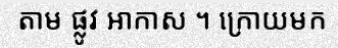
តាម ផ្លូវ អាកាស ។ ក្រោយមក